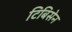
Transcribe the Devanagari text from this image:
टिबिसेन